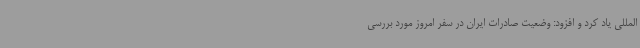
المللی یاد کرد و افزود: وضعیت صادرات ایران در سفر امروز مورد بررسی